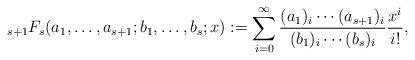
LaTeX: \begin{align*}_{s+1}F_{s}(a_1,\ldots,a_{s+1};b_1,\ldots,b_s;x):=\sum\limits_{i=0}^\infty\frac{(a_1)_i\cdots(a_{s+1})_i}{(b_1)_i\cdots(b_s)_i}\frac{x^i}{i!},\end{align*}